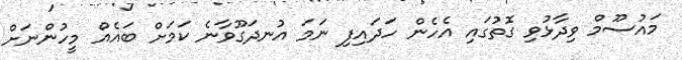
މައުސޫމް ވިދާޅުވި ގޮތުގައި އެހެން ހަދައިފި ނަމަ އުނދަގޫވާނެ ކަމަށް ބައެއް މީހުންނަށް